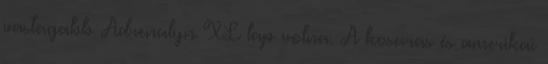
vastagabb Adrenalyn XL lap volna. A kosaras és amerikai